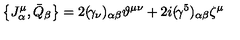
\left\{ J _ { \alpha } ^ { \mu } , \bar { Q } _ { \beta } \right\} = 2 ( \! \gamma _ { \nu } ) _ { \alpha \beta } \vartheta ^ { \mu \nu } + 2 i ( \! \gamma ^ { 5 } ) _ { \alpha \beta } \zeta ^ { \mu }